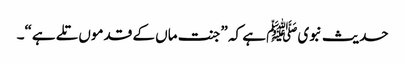
حدیث نبویﷺ ہے کہ ”جنت ماں کے قدموں تلے ہے“۔